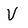
Character: V